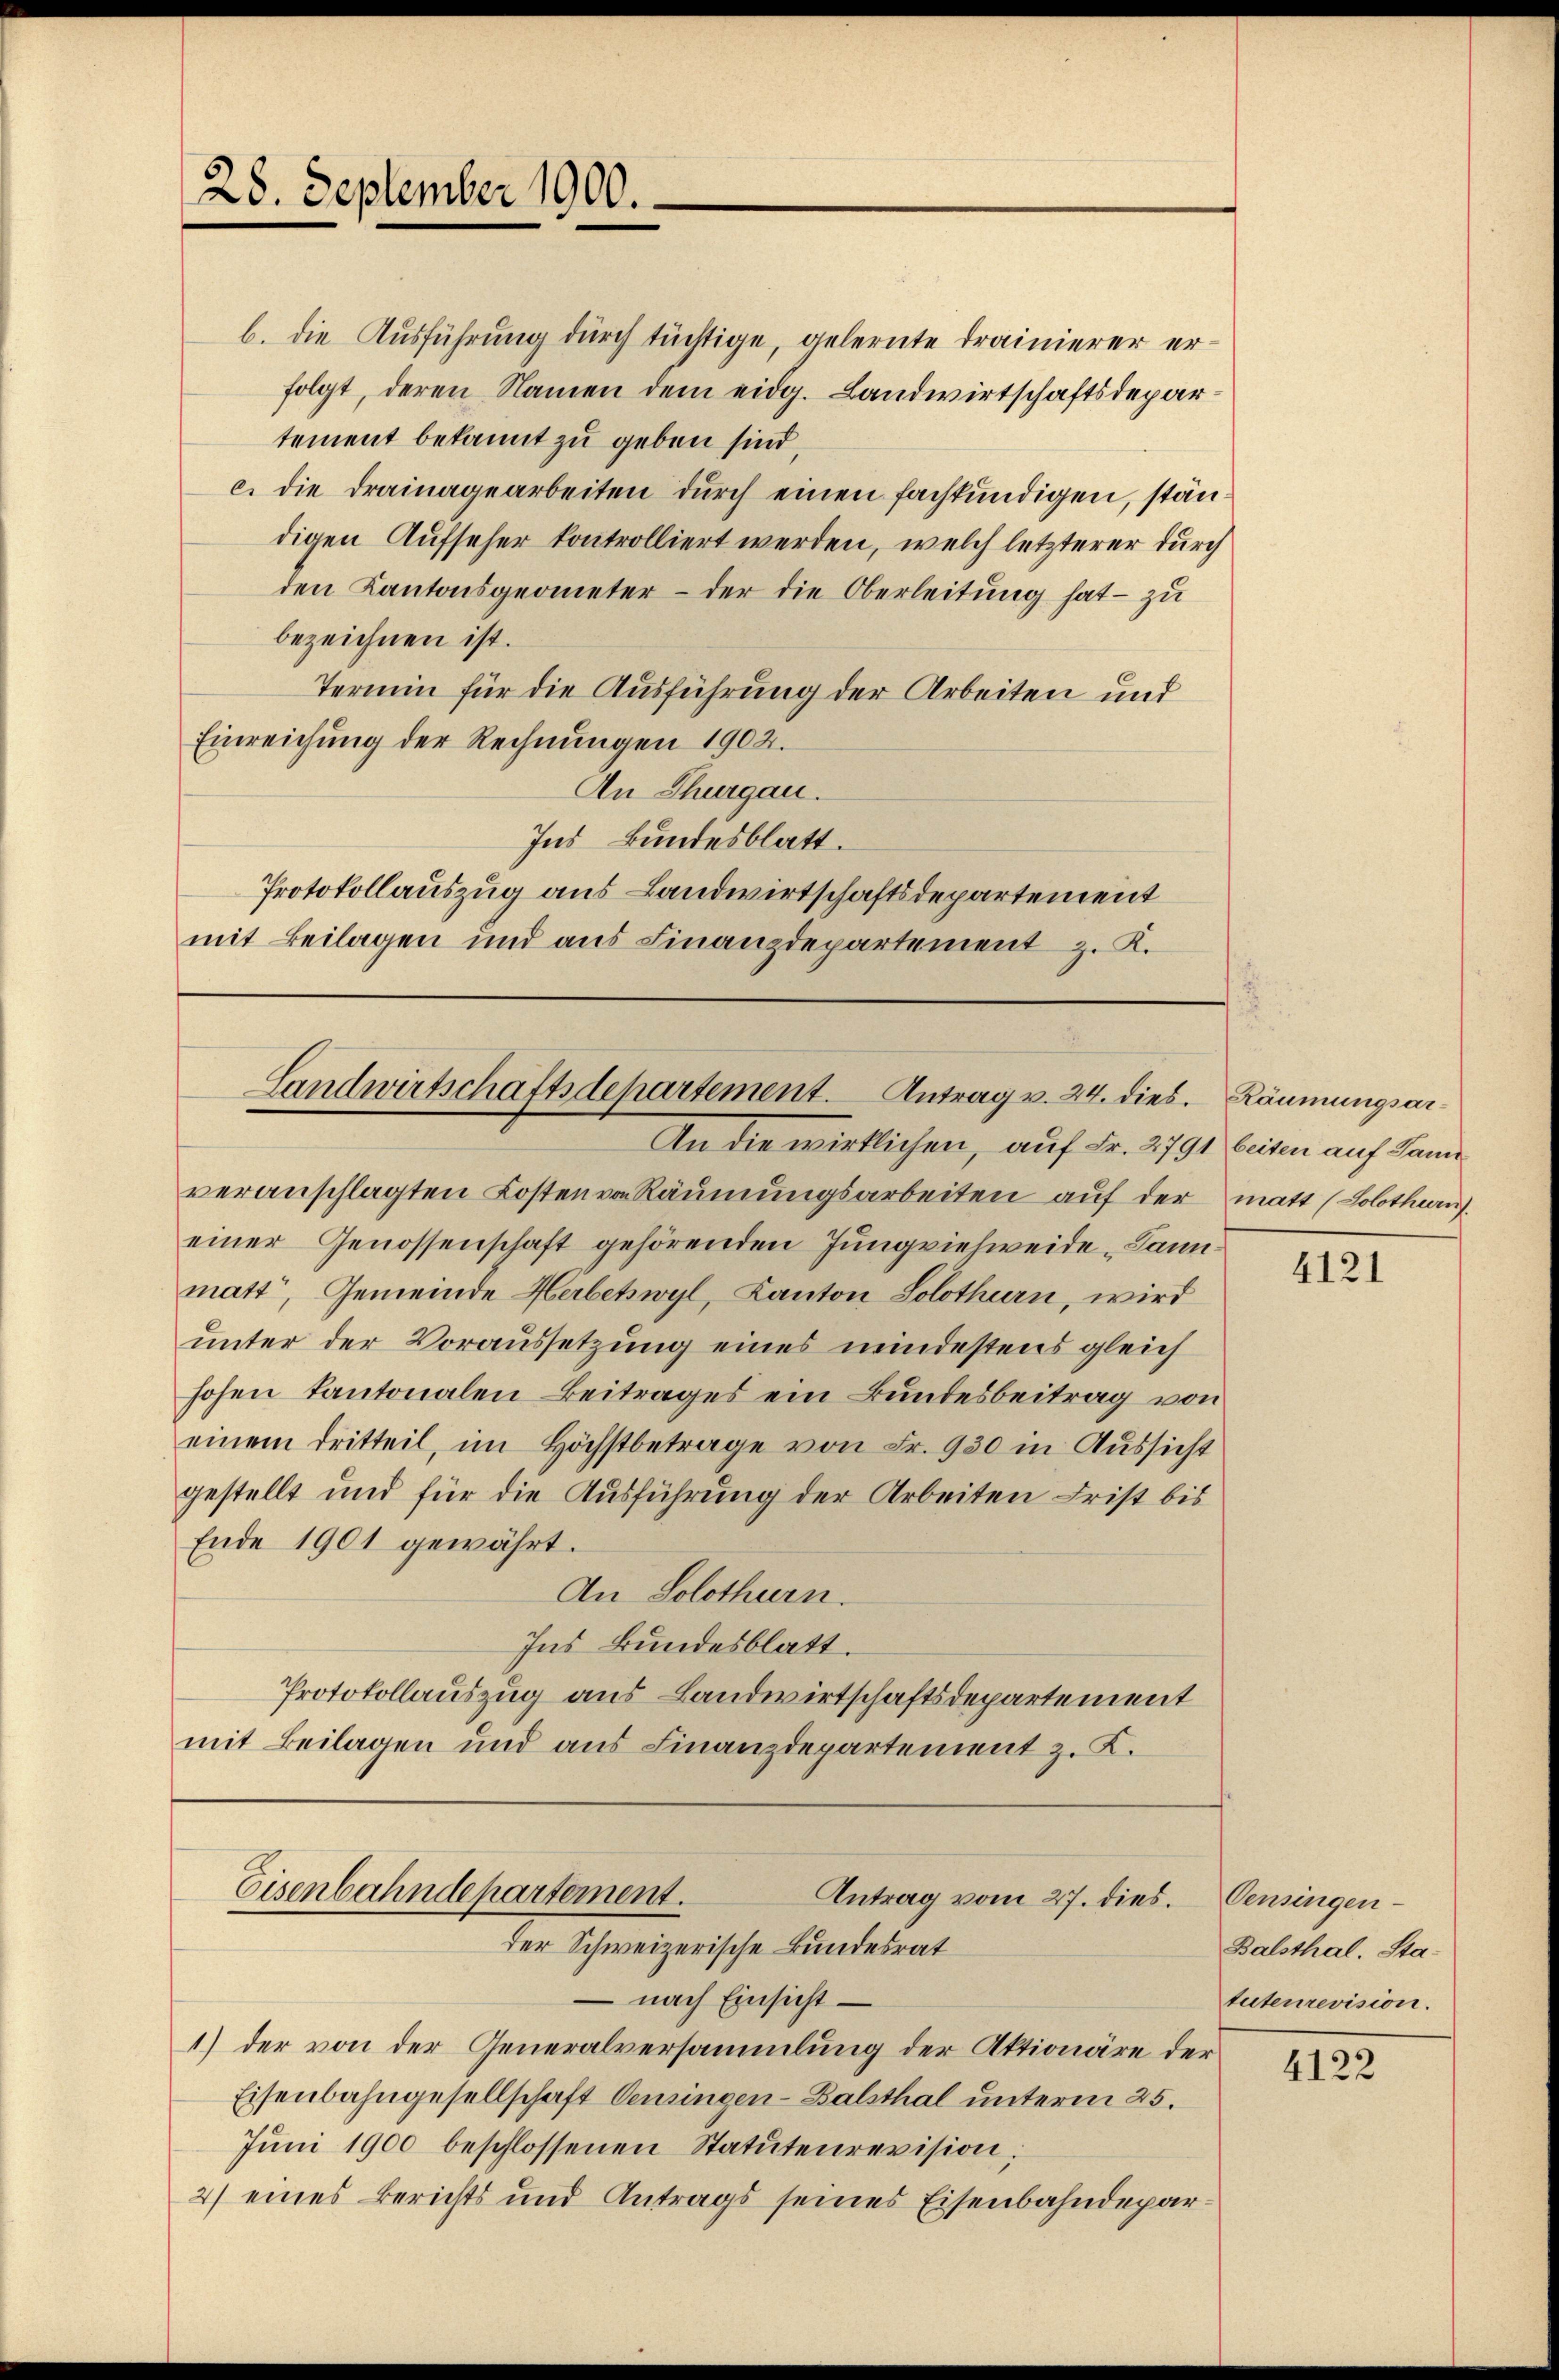
28. September 1900.

b. die Ausführung durch tüchtige, gelernte drainierer erfolgt, deren Namen dem eidg. Landwirtschaftsdepartement bekannt zu geben sind,
c. die Drainagearbeiten durch einen fachkundigen, ständigen Aufseher kontrolliert werden, welch letzterer durch
den Kantonsgeometer - der die Oberleitung hat – zu
bezeichnen ist.
Termin für die Ausführung der Arbeiten und
Einreichung der Rechnungen 1902.
An Thurgau.
Ins Bundesblatt.
Protokollauszug aus Landwirtschaftsdepartement
mit Beilagen und aus Finanzdepartement z. K.

Landwirtschaftsdepartement. Antrag v. 24. dies. Räumungsar¬

An die wirklichen, auf Fr. 2791 beiten auf Sani
veranschlagten Kosten von Räumungsarbeiten auf der matt (Solothurn
einer Genossenschaft gehörenden Jungviehweide Dann
matt, Gemeinde Herbetwyl, Kanton Solothurn, wird
unter der Voraussetzung eines mindestens gleich
hohen Kantonalen Beitrages ein Bundesbeitrag von
einem dritteil, im höchstbetrage von Fr. 930 in Aŭssicht
gestellt und für die Ausführung der Arbeiten Frist bis
Ende 1901 gewährt.
An Solothurn.
Ins Bundesblatt.
Protokollauszug aus Landwirtschaftsdepartement
mit Beilagen und aus Finanzdepartement z. K.
Eisenbahndepartement.
Antrag vom 27. dies.
der Schweizerische Bundesrat
– nach Einsicht
1) der von der Generalversammlung der Aktionäre der
Eisenbahngesellschaft Oeningen-Balsthal unterm 25.
Jŭni 1900 beschlossenen Statutenrevision;
2) eines Berichts und Antrags seines Eisenbahndepar¬

4121

Censingen
Balsthal. Statutenrevision.

4122